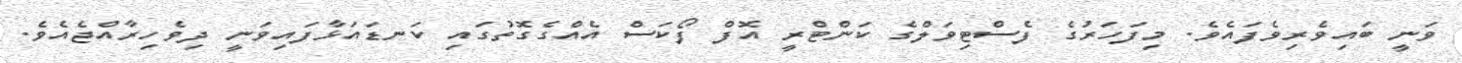
ވަނީ ބައިވެރިވެފައެވެ. މިފަހަރުގެ ފެސްޓިވަލްގެ ކަންޓްރީ އޮފް ފޯކަސް އެއްގެގޮތުގައި ކަނޑައަޅާފައިވަނީ ދިވެހިރާއްޖެއެވެ.